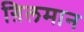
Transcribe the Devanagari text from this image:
ग़िलमान